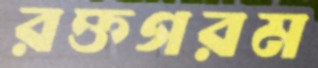
রক্তগরম